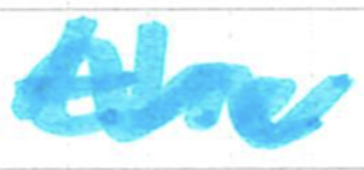
Text: the
Cross-out: mix
Writing tool: marker